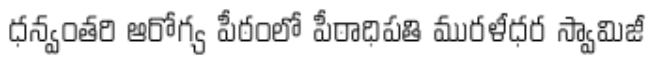
ధన్వంతరి ఆరోగ్య పీఠంలో పీఠాధిపతి మురళీధర స్వామిజీ